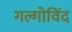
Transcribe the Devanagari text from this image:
गल्गोविंद